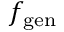
f _ { \mathrm { g e n } }